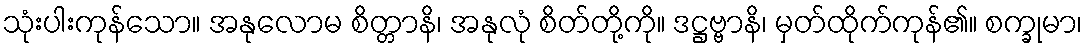
သုံးပါးကုန်သော။ အနုလောမ စိတ္တာနိ၊ အနုလုံ စိတ်တို့ကို။ ဒဋ္ဌဗ္ဗာနိ၊ မှတ်ထိုက်ကုန်၏။ စက္ခုမာ၊